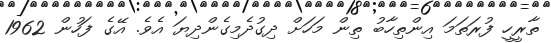
ތާރީހީ ފުރަތަމަ އިންތިހާބު ތިން މަހަށް ދިގުދެމިގެންދިޔަ އެވެ. އޭގެ ފަހުން 1962